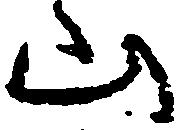
山